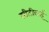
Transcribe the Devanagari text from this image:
सीटीवाई